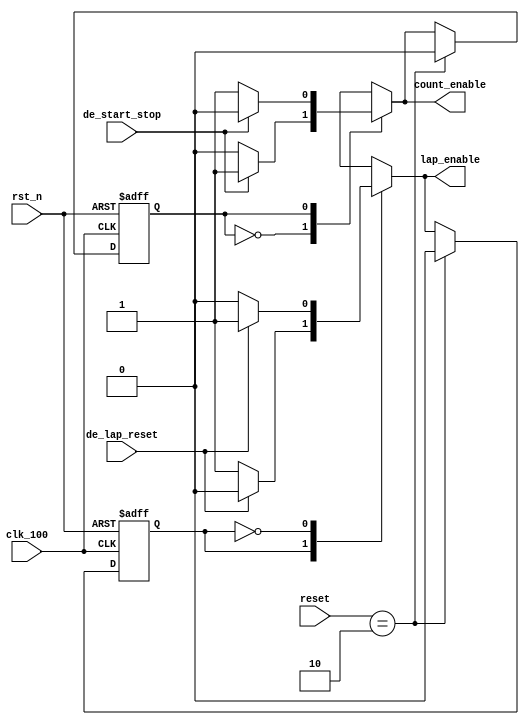

`define  STAT_PAUSE 0
`define  STAT_COUNT 1
`define  STAT_lap 1
`define  STAT_not_lap 0
`define  lap 1
`define  not_lap 0
`define  EN  1
`define  DIS 0



module lab7_1_state(
clk_100, 
rst_n,
de_lap_reset,
de_start_stop,
count_enable,
lap_enable,
reset
);

output reg count_enable;
output reg lap_enable; 
input clk_100; 
input rst_n;
input [2:0] reset;
input de_lap_reset, de_start_stop;
reg state1,state2; 
reg next_state1,next_state2; 



always @(posedge clk_100 or negedge rst_n)
 if (~rst_n)
 state2 <= `STAT_not_lap;
 else if (reset == 3'd2) 
 state2 <= `STAT_not_lap;
 else
 state2 <= next_state2;
 
always @*
 case (state2)
 `STAT_lap:
     if (de_lap_reset)
     begin
     next_state2 = `STAT_not_lap;
     lap_enable = `not_lap;
     end
     else
     begin
     next_state2 = `STAT_lap;
     lap_enable = `lap;
     end
 `STAT_not_lap:
     if (de_lap_reset)
     begin
     next_state2 = `STAT_lap;
     lap_enable = `lap;
     end
     else
     begin
     next_state2 = `STAT_not_lap;
     lap_enable = `not_lap;
     end 
  default:
     begin
     next_state2 = `STAT_lap;
     lap_enable = `lap;
     end
endcase


 
 always @(posedge clk_100 or negedge rst_n)
 if (~rst_n)
 state1 <= `STAT_PAUSE;
 else if (reset == 3'd2) 
 state1 <= `STAT_PAUSE;
 else
 state1 <= next_state1;
 

always @*
 case (state1)
 `STAT_PAUSE:
      if (de_start_stop)
      begin
      next_state1 = `STAT_COUNT;
      count_enable = `EN;
      end
      else
      begin
      next_state1 = `STAT_PAUSE;
      count_enable = `DIS;
      end
 `STAT_COUNT:
      if (de_start_stop)
      begin
      next_state1 = `STAT_PAUSE;
      count_enable = `DIS;
      end
      else
      begin
      next_state1 = `STAT_COUNT;
      count_enable = `EN;
      end 
 default:
      begin
      next_state1 = `STAT_PAUSE;
      count_enable = `DIS;
      end
endcase


endmodule